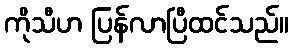
ကိုသီဟ ပြန်လာပြီထင်သည်။